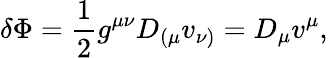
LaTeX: \delta\Phi=\frac{1}{2}g^{\mu\nu}D_{(\mu}v_{\nu)}=D_{\mu}v^{\mu},